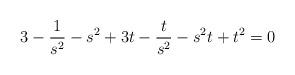
LaTeX: \begin{align*}3-\frac{1}{s^2}-s^2+3 t-\frac{t}{s^2}-s^2 t+t^2=0\end{align*}